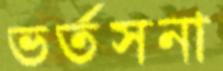
ভর্তসনা